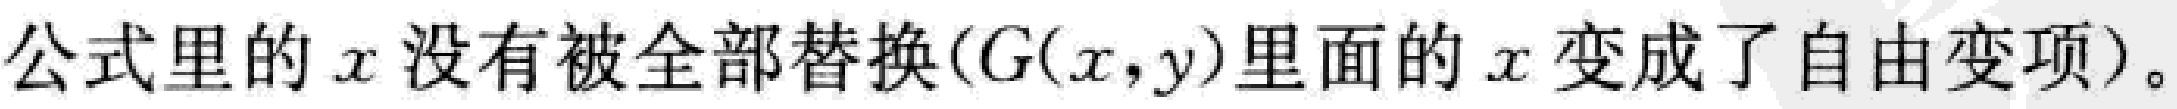
公式里的 \(x\) 没有被全部替换(\(G(x,y)\)里面的 \(x\) 变成了自由变项)。